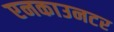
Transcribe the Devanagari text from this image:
एनकाउनटर